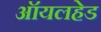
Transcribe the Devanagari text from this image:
ऑयलहेड